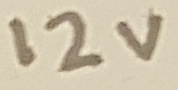
Text: 12V